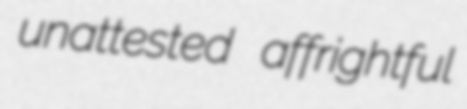
unattested affrightful